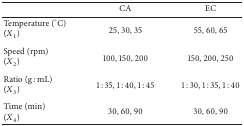
<table><thead><tr><td><b> </b></td><td><b>CA</b></td><td><b>EC</b></td></tr></thead><tbody><tr><td>Temperature (°C)(<i>X</i><sub>1</sub>)</td><td>25, 30, 35</td><td>55, 60, 65</td></tr><tr><td>Speed (rpm)(<i>X</i><sub>2</sub>) </td><td>100, 150, 200</td><td>150, 200, 250</td></tr><tr><td>Ratio (g : mL)(<i>X</i><sub>3</sub>) </td><td>1 : 35, 1 : 40, 1 : 45</td><td>1 : 30, 1 : 35, 1 : 40</td></tr><tr><td>Time (min)(<i>X</i><sub>4</sub>)</td><td>30, 60, 90</td><td>30, 60, 90</td></tr></tbody></table>